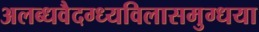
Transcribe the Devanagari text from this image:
अलब्धवैदग्ध्यविलासमुग्धया